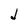
Character: J